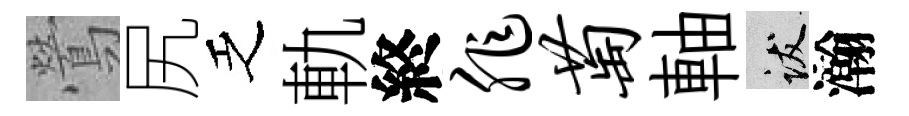
鶯尻乏軌終非萄軸跋瀚